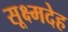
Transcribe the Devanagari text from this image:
सूक्ष्मदेह